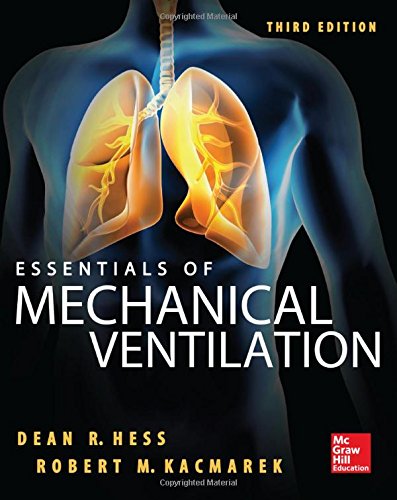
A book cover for Essentials of Mechanical Ventilation, Third Edition; Dean Hess; Medical Books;